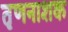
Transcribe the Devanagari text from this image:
तृणनाशक